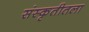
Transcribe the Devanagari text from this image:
संस्कृतीतला